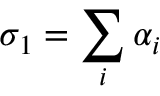
\sigma _ { 1 } = \sum _ { i } \alpha _ { i }